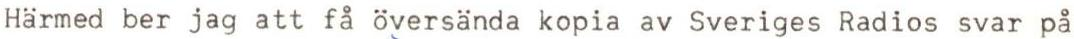
Härmed ber jag att få översända kopia av Sveriges Radios svar på